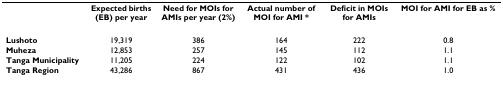
|  | Expected births (EB) per year | Need for MOIs for AMIs per year (2%) | Actual number of MOI for AMI * | Deficit in MOIs for AMIs | MOI for AMI for EB as % |
 | --- | --- | --- | --- | --- | --- |
 | Lushoto | 19,319 | 386 | 164 | 222 | 0.8 |
 | Muheza | 12,853 | 257 | 145 | 112 | 1.1 |
 | Tanga Municipality | 11,205 | 224 | 122 | 102 | 1.1 |
 | Tanga Region | 43,286 | 867 | 431 | 436 | 1.0 |